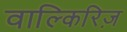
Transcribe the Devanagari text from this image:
वाल्किरिज़